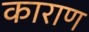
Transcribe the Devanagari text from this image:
काराण